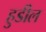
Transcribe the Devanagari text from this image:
हुडील